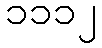
၁၁၁၂